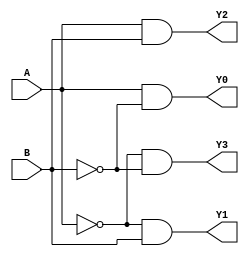
module demultiplexer_2to4 (
    input wire A,
    input wire B,
    output reg Y0,
    output reg Y1,
    output reg Y2,
    output reg Y3
);

always @*
begin
    Y0 = (A & ~B);
    Y1 = (~A & B);
    Y2 = (A & B);
    Y3 = (~A & ~B);
end

endmodule